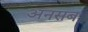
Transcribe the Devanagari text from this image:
अनसब